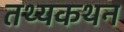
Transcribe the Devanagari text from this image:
तथ्यकथन